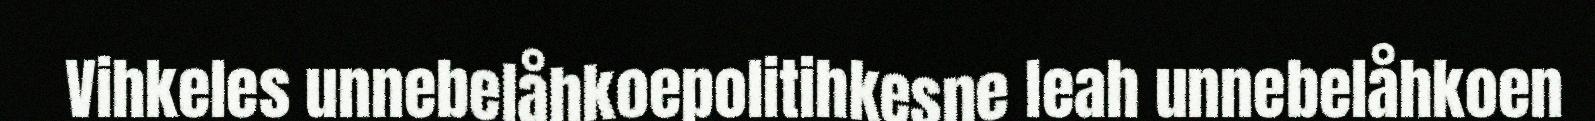
Vihkeles unnebelåhkoepolitihkesne leah unnebelåhkoen